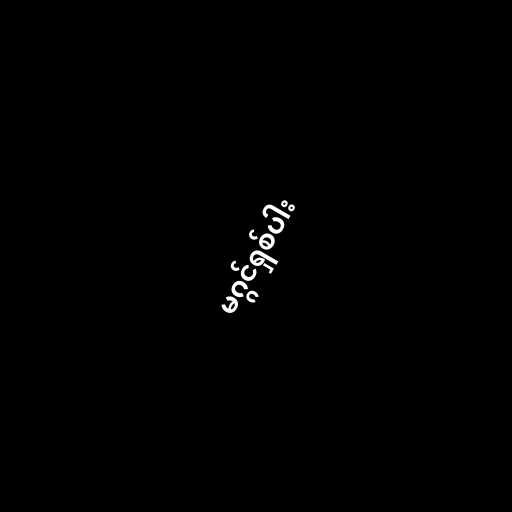
မဂ္ဂင်ရှစ်ပါး